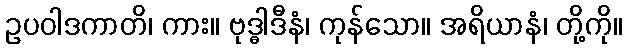
ဥပဝါဒကာတိ၊ ကား။ ဗုဒ္ဓါဒီနံ၊ ကုန်သော။ အရိယာနံ၊ တို့ကို။